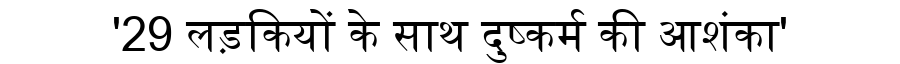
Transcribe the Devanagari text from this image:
'29 लड़कियों के साथ दुष्कर्म की आशंका'